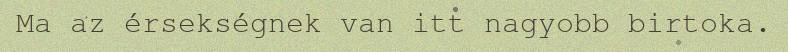
Ma az érsekségnek van itt nagyobb birtoka.